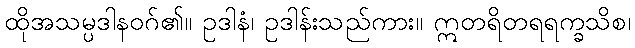
ထိုအသမ္ပဒါနဝဂ်၏။ ဥဒါနံ၊ ဥဒါန်းသည်ကား။ ဣတရိတရရက္ခသိစ၊